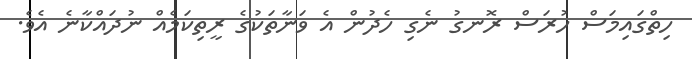
ހިތްގައިމަސް ހުރަސް ރޮނގު ނެގި ހެދުން އެ ވަނާތަކުގެ ރީތިކަމެއް ނުދައްކާނެ އެވެ.